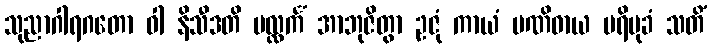
သုညာဂါရဂတော ဝါ နိသီဒတိ ပလ္လင်္ကံ အာဘုဇိတွာ ဥဇုံ ကာယံ ပဏိဓာယ ပရိမုခံ သတိံ